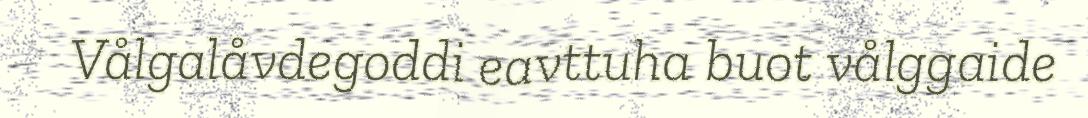
Vålgalåvdegoddi eavttuha buot vålggaide